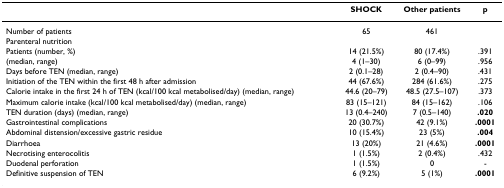
|  | SHOCK | Other patients | p |
 | --- | --- | --- | --- |
 | Number of patients | 65 | 461 |  |
 | Parenteral nutrition |  |  |  |
 | Patients (number, %)(median, range) | 14 (21.5%)4 (1–30) | 80 (17.4%)6 (0–99) | .391.956 |
 | Days before TEN (median, range) | 2 (0.1–28) | 2 (0.4–90) | .431 |
 | Initiation of the TEN within the first 48 h after admission | 44 (67.6%) | 284 (61.6%) | .275 |
 | Calorie intake in the first 24 h of TEN (kcal/100 kcal metabolised/day) (median, range) | 44.6 (20–79) | 48.5 (27.5–107) | .373 |
 | Maximum calorie intake (kcal/100 kcal metabolised/day) (median, range) | 83 (15–121) | 84 (15–162) | .106 |
 | TEN duration (days) (median, range) | 13 (0.4–240) | 7 (0.5–140) | .020 |
 | Gastrointestinal complications | 20 (30.7%) | 42 (9.1%) | .0001 |
 | Abdominal distension/excessive gastric residue | 10 (15.4%) | 23 (5%) | .004 |
 | Diarrhoea | 13 (20%) | 21 (4.6%) | .0001 |
 | Necrotising enterocolitis | 1 (1.5%) | 2 (0.4%) | .432 |
 | Duodenal perforation | 1 (1.5%) | 0 | - |
 | Definitive suspension of TEN | 6 (9.2%) | 5 (1%) | .0001 |